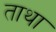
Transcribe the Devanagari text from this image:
ताथा